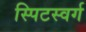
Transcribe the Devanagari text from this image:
स्पिटस्वर्ग